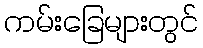
ကမ်းခြေများတွင်